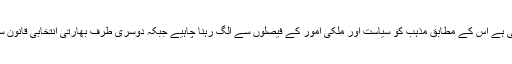
بھارتی سپریم کورٹ نے اس کیس کے فیصلے میں سیکولرازم کی جو تعریف کی ہے اس کے مطابق مذہب کو سیاست اور ملکی امور کے فیصلوں سے الگ رہنا چاہیے جبکہ دوسری طرف بھارتی انتخابی قانون سب کو یہ حق دیتا ہے کہ وہ ایسا فیصلہ لیں جو ان کو ان کے حق میں بہتر لگے ۔